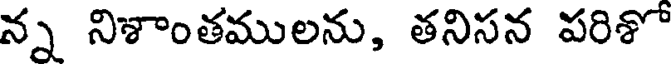
న్న నిశాంతములను, తనిసన పరిశో